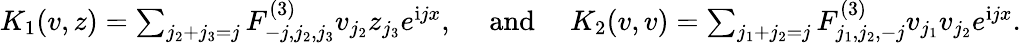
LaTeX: \begin{array}{r}{K_{1}(v,z)=\sum_{j_{2}+j_{3}=j}F_{-j,j_{2},j_{3}}^{(3)}v_{j_{2}}z_{j_{3}}e^{\mathrm{i}jx},\quad\mathrm{~and~}\quad K_{2}(v,v)=\sum_{j_{1}+j_{2}=j}F_{j_{1},j_{2},-j}^{(3)}v_{j_{1}}v_{j_{2}}e^{\mathrm{i}jx}.}\end{array}